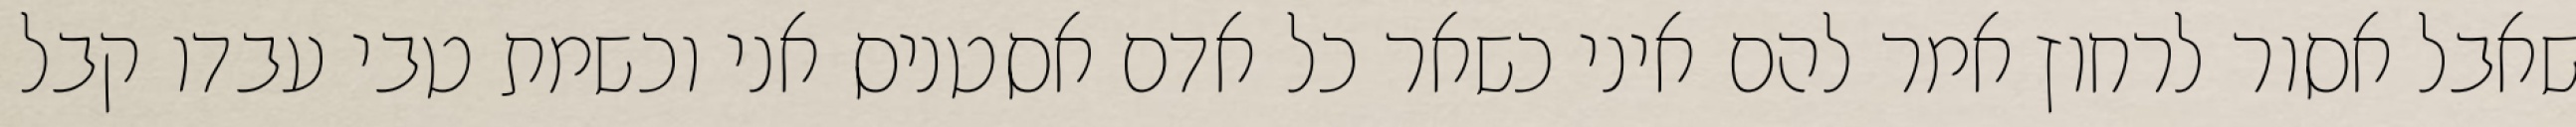
שאבל אסור לרחוץ אמר להם איני כשאר כל אדם אסטניס אני וכשמת טבי עבדו קבל